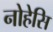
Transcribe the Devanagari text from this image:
नोहेसि